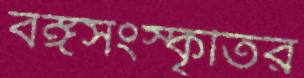
বঙ্গসংস্কৃতির